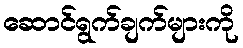
ဆောင်ရွက်ချက်များကို